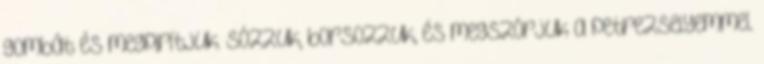
gombát és megpirítjuk. Sózzuk, borsozzuk, és megszórjuk a petrezselyemmel.